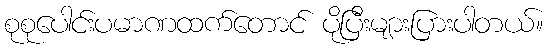
စုစုပေါင်းပမာဏထက်တောင် ပိုပြီးများပြားပါတယ်။